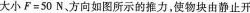
大小$$F = 5 0 $$ N、方向如图所示的推力，使物块由静止开